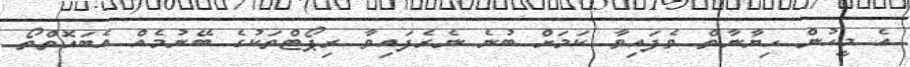
އެ މީހުން ހިޔާނާތް ވެފައިވާ ކަމަށް ބުނެ ނެރެފައިވާ ރިޕޯޓްތަކުގެ ބޭނުމެއް އެބައޮތްތޯ